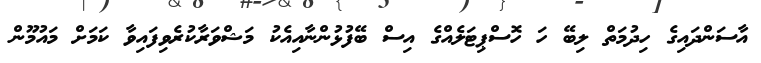
އާސަންދައިގެ ހިދުމަތް ލިބޭ ހަ ހޮސްޕިޓަލެއްގެ އިސް ބޭފުޅުންނާއިއެކު މަޝްވަރާކުރެވިފައިވާ ކަމަށް މައުމޫން